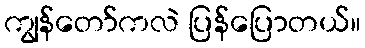
ကျွန်တော်ကလဲ ပြန်ပြောတယ်။